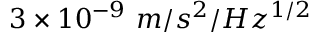
3 \times 1 0 ^ { - 9 } \ m / s ^ { 2 } / H z ^ { 1 / 2 }